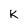
Character: K